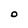
Character: O